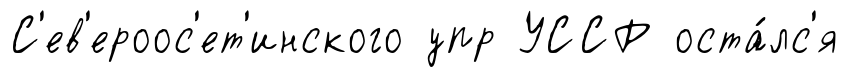
С'ев'ероос'ет'инского упр УССР оста́лс'я